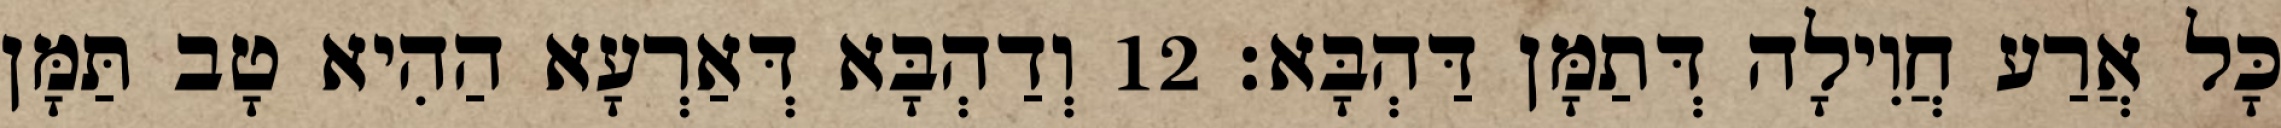
כָּל אֲרַע חֲוִילָה דְּתַמָּן דַּהְבָּא׃ 12 וְדַהְבָּא דְּאַרְעָא הַהִיא טָב תַּמָּן